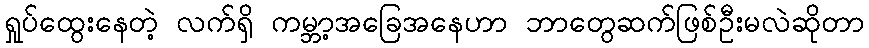
ရှုပ်ထွေးနေတဲ့ လက်ရှိ ကမ္ဘာ့အခြေအနေဟာ ဘာတွေဆက်ဖြစ်ဦးမလဲဆိုတာ